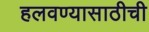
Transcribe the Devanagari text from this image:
हलवण्यासाठीची